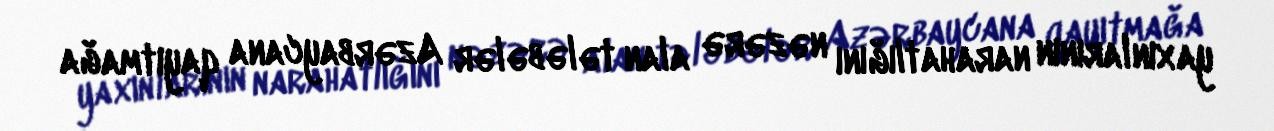
yaxınlarının narahatlığını nəzərə alan tələbələr Azərbaycana qayıtmağa